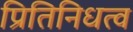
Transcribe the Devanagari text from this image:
प्रितिनिधत्व